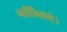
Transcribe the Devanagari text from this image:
नहींनिकले।